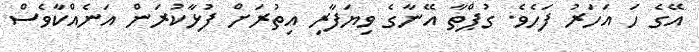
އޭގެ ހަ އަހަރު ފަހެވެ. ގުޕްތާ އޭނާގެ ވިޔަފާރި އިތުރަށް ފުޅާކުރަން އަނެއްކާވެސް